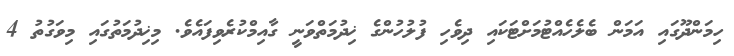
ހިމަންދޫގައި އަމަން ބެލެހެއްޓުމަށްޓަކައި ދިވެހި ފުލުހުންގެ ޚިދުމަތްވަނީ ގާއިމްކުރެވިފައެވެ. މިޚިދުމަތުގައި މިވަގުތު 4